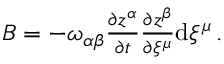
\begin{array} { r } { B = - \omega _ { \alpha \beta } \frac { \partial z ^ { \alpha } } { \partial t } \frac { \partial z ^ { \beta } } { \partial \xi ^ { \mu } } \mathrm { d } \xi ^ { \mu } \, . } \end{array}